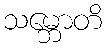
သမ္ဘောတိ